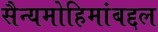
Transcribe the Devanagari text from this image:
सैन्यमोहिमांबद्दल